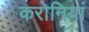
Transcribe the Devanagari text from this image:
करोनियां